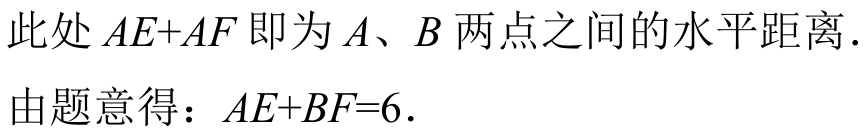
此处 \(AE + AF\) 即为 \(A、B\) 两点之间的水平距离.
由题意得：\(AE + BF = 6\).